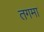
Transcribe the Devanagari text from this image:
तगमा